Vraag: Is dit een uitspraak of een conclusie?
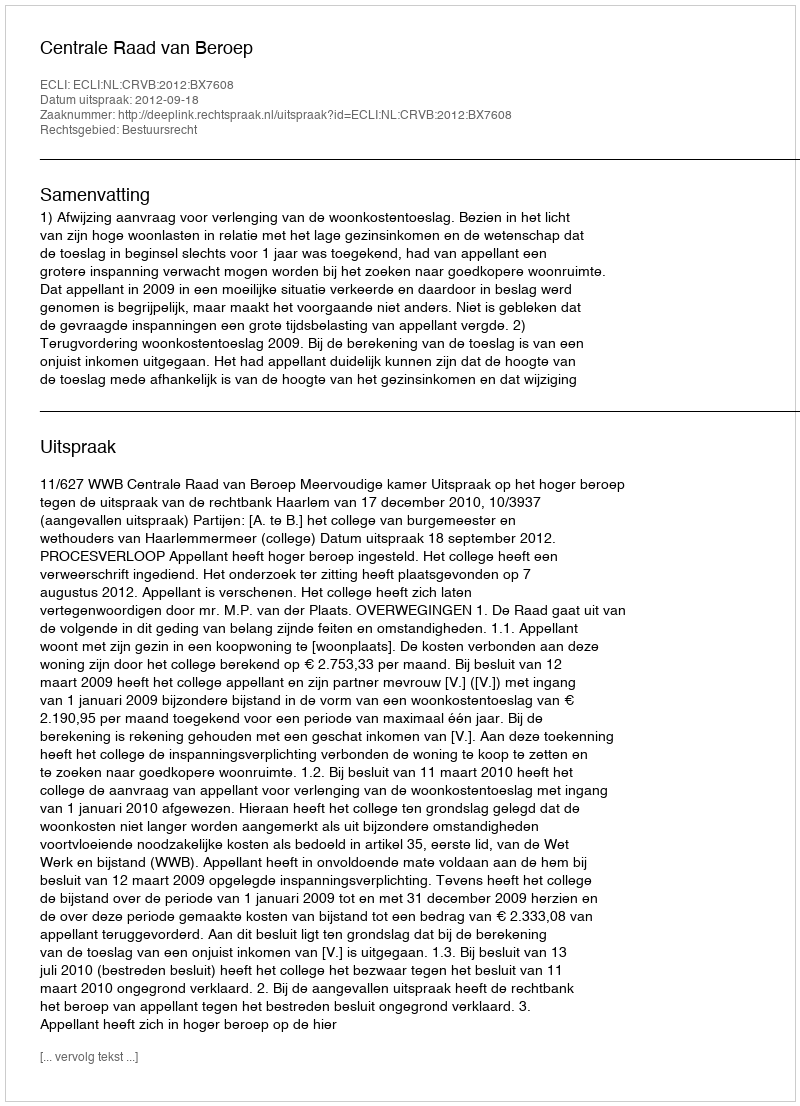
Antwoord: Uitspraak